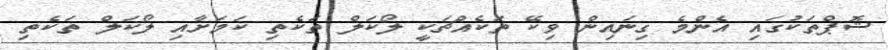
ޝޮޕްތަކުގައި އެންމެ ގިނައިން ވިކޭ ތަކެއްޗަކީ ލޯކަލް ތަކެތި ކަމަށާއި ލޯކަލް ތަކެތި